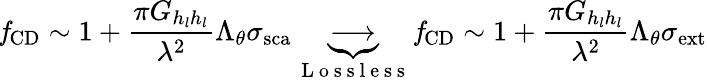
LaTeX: \mathit{f}_{\mathrm{{CD}}}\sim 1+\frac{\pi G_{h_{l}h_{l}}}{\lambda^{2}}\Lambda_{\theta}{\sigma}_{\mathrm{{sca}}}\underbrace{\longrightarrow}_{\mathrm{~L~o~s~s~l~e~s~s~}}\mathit{f}_{\mathrm{{CD}}}\sim 1+\frac{\pi G_{h_{l}h_{l}}}{\lambda^{2}}\Lambda_{\theta}{\sigma}_{\mathrm{{ext}}}